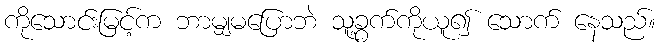
ကိုသောင်းမြင့်က ဘာမျှမပြောဘဲ သူ့ခွက်ကိုယူ၍ သောက် နေသည်။